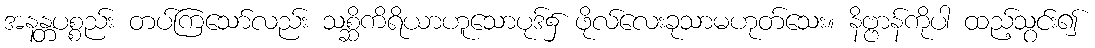
အနန္တပစ္စည်း တပ်ကြသော်လည်း သစ္ဆိကိရိယာဟူသောပုဒ်၌ ဖိုလ်လေးခုသာမဟုတ်သေး။ နိဗ္ဗာန်ကိုပါ ထည့်သွင်း၍